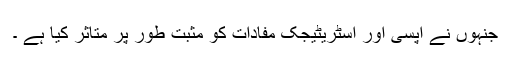
جنہوں نے آپسی اور اسٹریٹیجک مفادات کو مثبت طور پر متاثر کیا ہے ۔